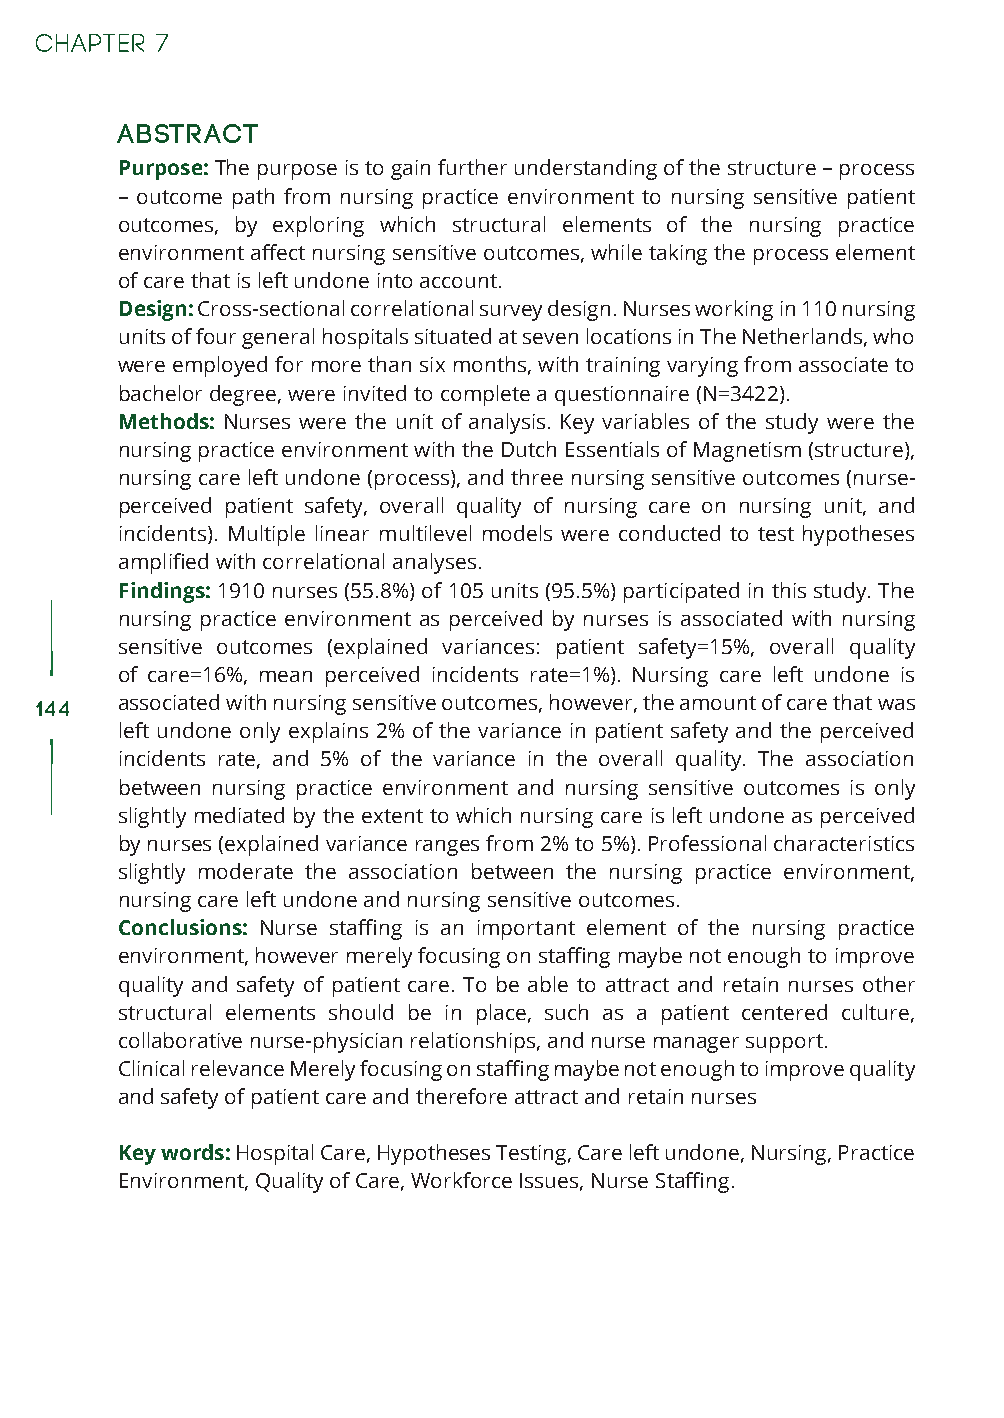
Abstract
 Purpose: The purpose is to gain further understanding of the structure – process
 – outcome path from nursing practice environment to nursing sensitive patient
 outcomes, by exploring which structural elements of the nursing practice
 environment affect nursing sensitive outcomes, while taking the process element
 of care that is left undone into account.
 Design: Cross-sectional correlational survey design. Nurses working in 110 nursing
 units of four general hospitals situated at seven locations in The Netherlands, who
 were employed for more than six months, with training varying from associate to
 bachelor degree, were invited to complete a questionnaire (N=3422).
 Methods: Nurses were the unit of analysis. Key variables of the study were the
 nursing practice environment with the Dutch Essentials of Magnetism (structure),
 nursing care left undone (process), and three nursing sensitive outcomes (nurse-
 perceived patient safety, overall quality of nursing care on nursing unit, and
 incidents). Multiple linear multilevel models were conducted to test hypotheses
 amplified with correlational analyses.
 Findings: 1910 nurses (55.8%) of 105 units (95.5%) participated in this study. The
 nursing practice environment as perceived by nurses is associated with nursing
 sensitive outcomes (explained variances: patient safety=15%, overall quality
 of care=16%, mean perceived incidents rate=1%). Nursing care left undone is
 144   associated with nursing sensitive outcomes, however, the amount of care that was
 left undone only explains 2% of the variance in patient safety and the perceived
 incidents rate, and 5% of the variance in the overall quality. The association
 between nursing practice environment and nursing sensitive outcomes is only
 slightly mediated by the extent to which nursing care is left undone as perceived
 by nurses (explained variance ranges from 2% to 5%). Professional characteristics
 slightly moderate the association between the nursing practice environment,
 nursing care left undone and nursing sensitive outcomes.
 Conclusions: Nurse staffing is an important element of the nursing practice
 environment, however merely focusing on staffing maybe not enough to improve
 quality and safety of patient care. To be able to attract and retain nurses other
 structural elements should be in place, such as a patient centered culture,
 collaborative nurse-physician relationships, and nurse manager support.
 Clinical relevance Merely focusing on staffing maybe not enough to improve quality
 and safety of patient care and therefore attract and retain nurses
 Key words: Hospital Care, Hypotheses Testing, Care left undone, Nursing, Practice
 Environment, Quality of Care, Workforce Issues, Nurse Staffing.